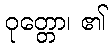
ဝုတ္တော၊ ၏